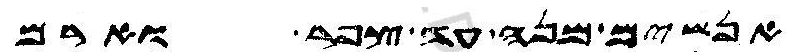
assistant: אנשים מנה עד צפר וארם